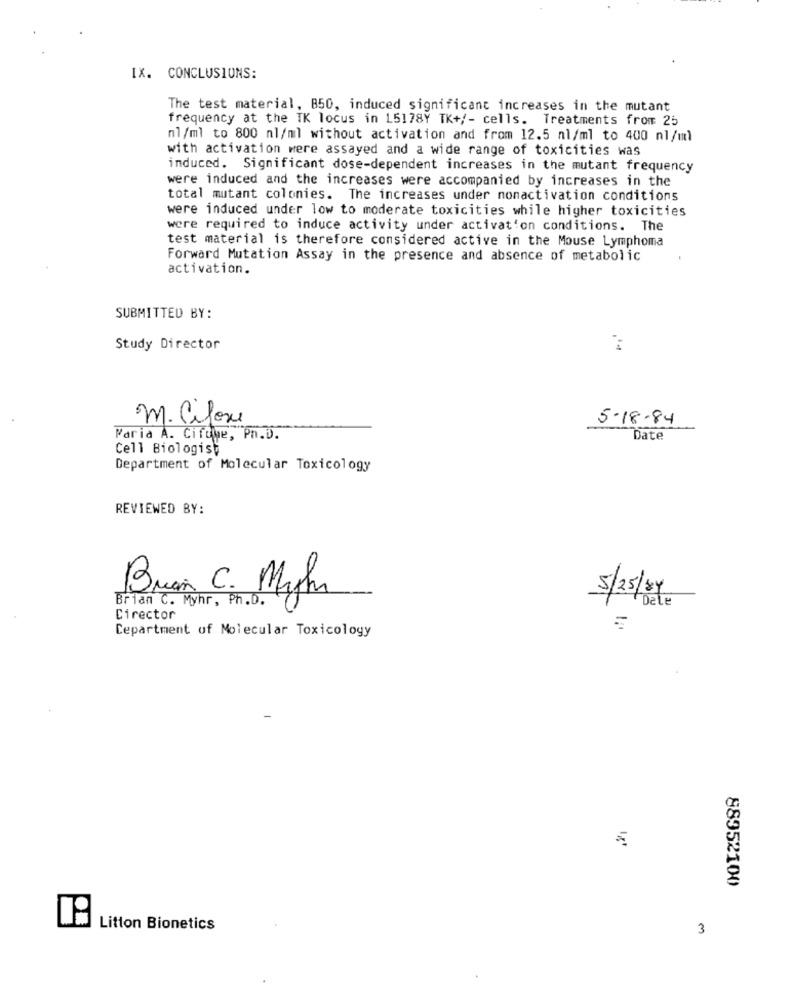
IX. CONCLUSIONS:
The test material, B50, induced significant increases in the mutant
frequency at the TK locus in 15178Y TK+/- cells. Treatments from 25
nl/ml to 800 ml/ml without activation and from 12.5 nl/ml to 400 nl/ml
with activation were assayed and a wide range of toxicities was
induced. Significant dose-dependent increases in the mutant frequency
were induced and the increases were accompanied by increases in the
total mutant colonies. The increases under nonactivation conditions
were induced under low to moderate toxicities while higher toxicities
were required to induce activity under activation conditions. The
test material is therefore considered active in the Mouse Lymphoma
Forward Mutation Assay in the presence and absence of metabolic
activation.
SUBMITTED BY:
Study Director
M. Cifox
5-18-84
Paria A. Cifüme, Ph.D.
Date
Cell Biologist
Department of Molecular Toxicology
REVIEWED BY:
5/25/84
Brian C. Myhr, Ph.D.
Brian C. Myhr
Date
Cirector
Cepartment of Molecular Toxicology
88952100
Litton Bionetics
3